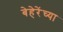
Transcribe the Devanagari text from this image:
बेहेरेंच्या